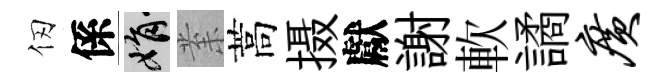
仞係娟𭪙蒿摄獻謝軟譎广